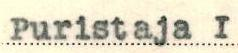
Puristaja I